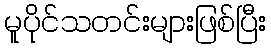
မူပိုင်သတင်းများဖြစ်ပြီး